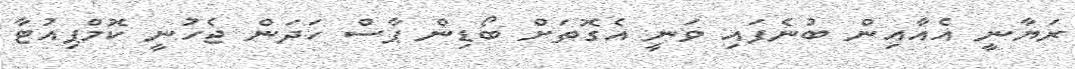
ރަޔާނީ އެއާއިން ބުނެފައި ވަނީ އެގޮތަށް ބޯޑިން ޕާސް ހަދަން ޖެހުނީ ކޮމްޕިއުޓާ